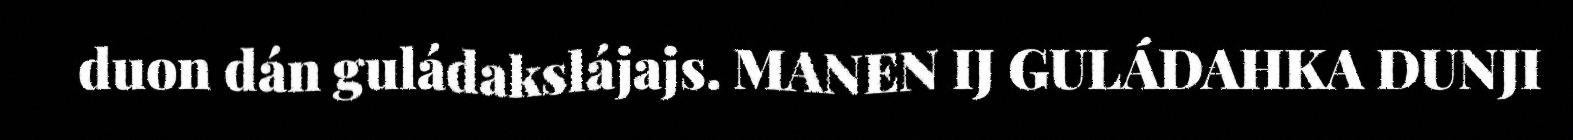
duon dán guládakslájajs. MANEN IJ GULÁDAHKA DUNJI